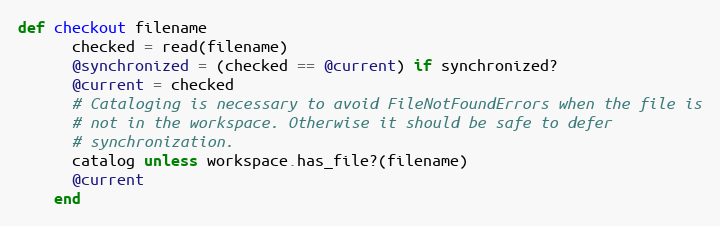
Language: Ruby
def checkout filename
      checked = read(filename)
      @synchronized = (checked == @current) if synchronized?
      @current = checked
      # Cataloging is necessary to avoid FileNotFoundErrors when the file is
      # not in the workspace. Otherwise it should be safe to defer
      # synchronization.
      catalog unless workspace.has_file?(filename)
      @current
    end